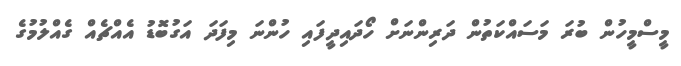
މީސްމީހުން ބުރަ މަސައްކަތުން ދަރިންނަށް ހޯދައިދީފައި ހުންނަ މިފަދަ އަގުބޮޑު އެއްޗެއް ގެއްލުމުގެ